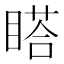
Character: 𥉌